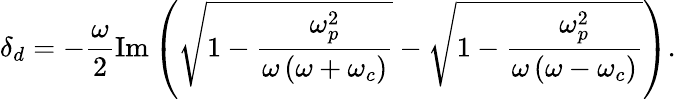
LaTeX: \delta_{d}=-\frac{\omega}{2}\mathrm{Im}\left(\sqrt{1-\frac{\omega_{p}^{2}}{\omega\left(\omega+\omega_{c}\right)}}-\sqrt{1-\frac{\omega_{p}^{2}}{\omega\left(\omega-\omega_{c}\right)}}\right).